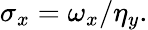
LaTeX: \sigma_{x}=\omega_{x}/\eta_{y}.